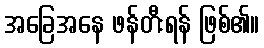
အခြေအနေ ဖန်တီးရန် ဖြစ်၏။